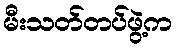
မီးသတ်တပ်ဖွဲ့က